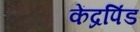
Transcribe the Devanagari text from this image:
केंद्रपिंड